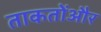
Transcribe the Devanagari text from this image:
ताकतोंऔर